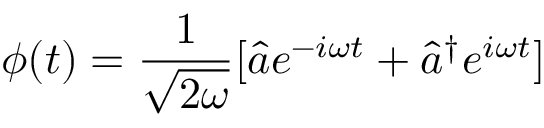
\phi ( t ) = \frac { 1 } { \sqrt { 2 \omega } } [ \hat { a } e ^ { - i \omega t } + \hat { a } ^ { \dagger } e ^ { i \omega t } ]